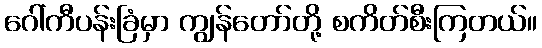
ဂေါ်ကီပန်းခြံမှာ ကျွန်တော်တို့ စကိတ်စီးကြတယ်။